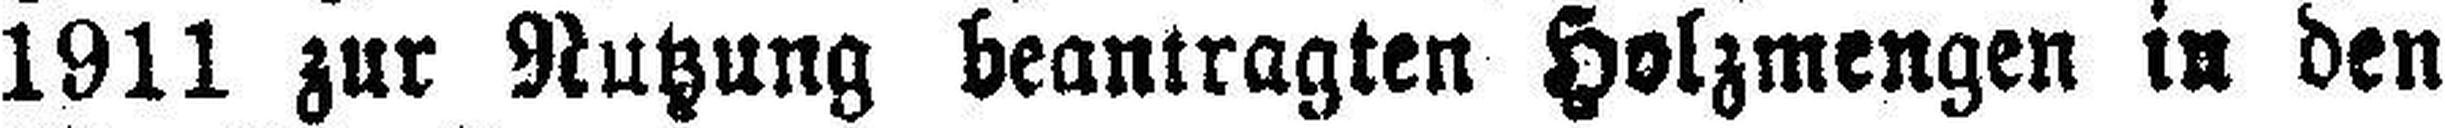
1911 zur Nutzung beantragten Holzmengen in den